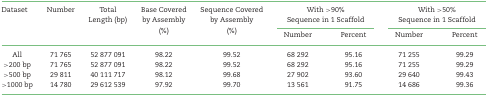
| <ROWSPAN=2> Dataset | <ROWSPAN=2> Number | <ROWSPAN=2> Total Length (bp) | <ROWSPAN=2> Base Covered by Assembly (%) | <ROWSPAN=2> Sequence Covered by Assembly (%) | <COLSPAN=2> With >90% Sequence in 1 Scaffold | <COLSPAN=2> With >50% Sequence in 1 Scaffold |
 | Number | Percent | Number | Percent |
 | --- | --- | --- | --- | --- | --- | --- | --- | --- |
 | All | 71 765 | 52 877 091 | 98.22 | 99.52 | 68 292 | 95.16 | 71 255 | 99.29 |
 | >200 bp | 71 765 | 52 877 091 | 98.22 | 99.52 | 68 292 | 95.16 | 71 255 | 99.29 |
 | >500 bp | 29 811 | 40 111 717 | 98.12 | 99.68 | 27 902 | 93.60 | 29 640 | 99.43 |
 | >1000 bp | 14 780 | 29 612 539 | 97.92 | 99.70 | 13 561 | 91.75 | 14 686 | 99.36 |